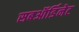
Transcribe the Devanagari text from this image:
सबऑर्डिनेट